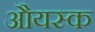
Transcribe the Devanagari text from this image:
औयस्क